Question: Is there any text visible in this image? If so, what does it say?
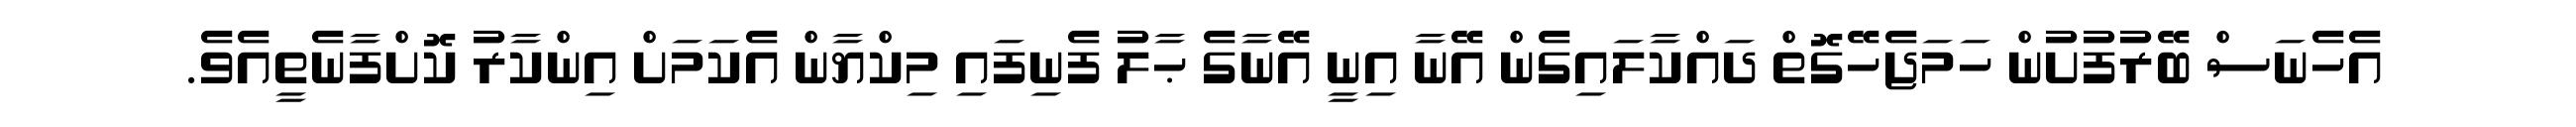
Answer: އެހެނަސް ބޭރުފުށުން ހަމަޖެހޭގޮތް ދައްކާލައިގެން އޭނާ އިނީ އޭނާގެ ޙާލު ފެނިފައި މިކްޔާން އެކަމަށް އިންކާރު ކޮށްފާނެތީއެވެ.